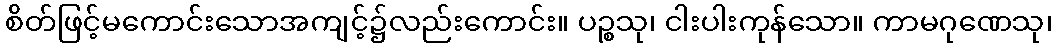
စိတ်ဖြင့်မကောင်းသောအကျင့်၌လည်းကောင်း။ ပဉ္စသု၊ ငါးပါးကုန်သော။ ကာမဂုဏေသု၊